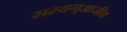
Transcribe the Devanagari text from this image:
सम्यग्आजीव